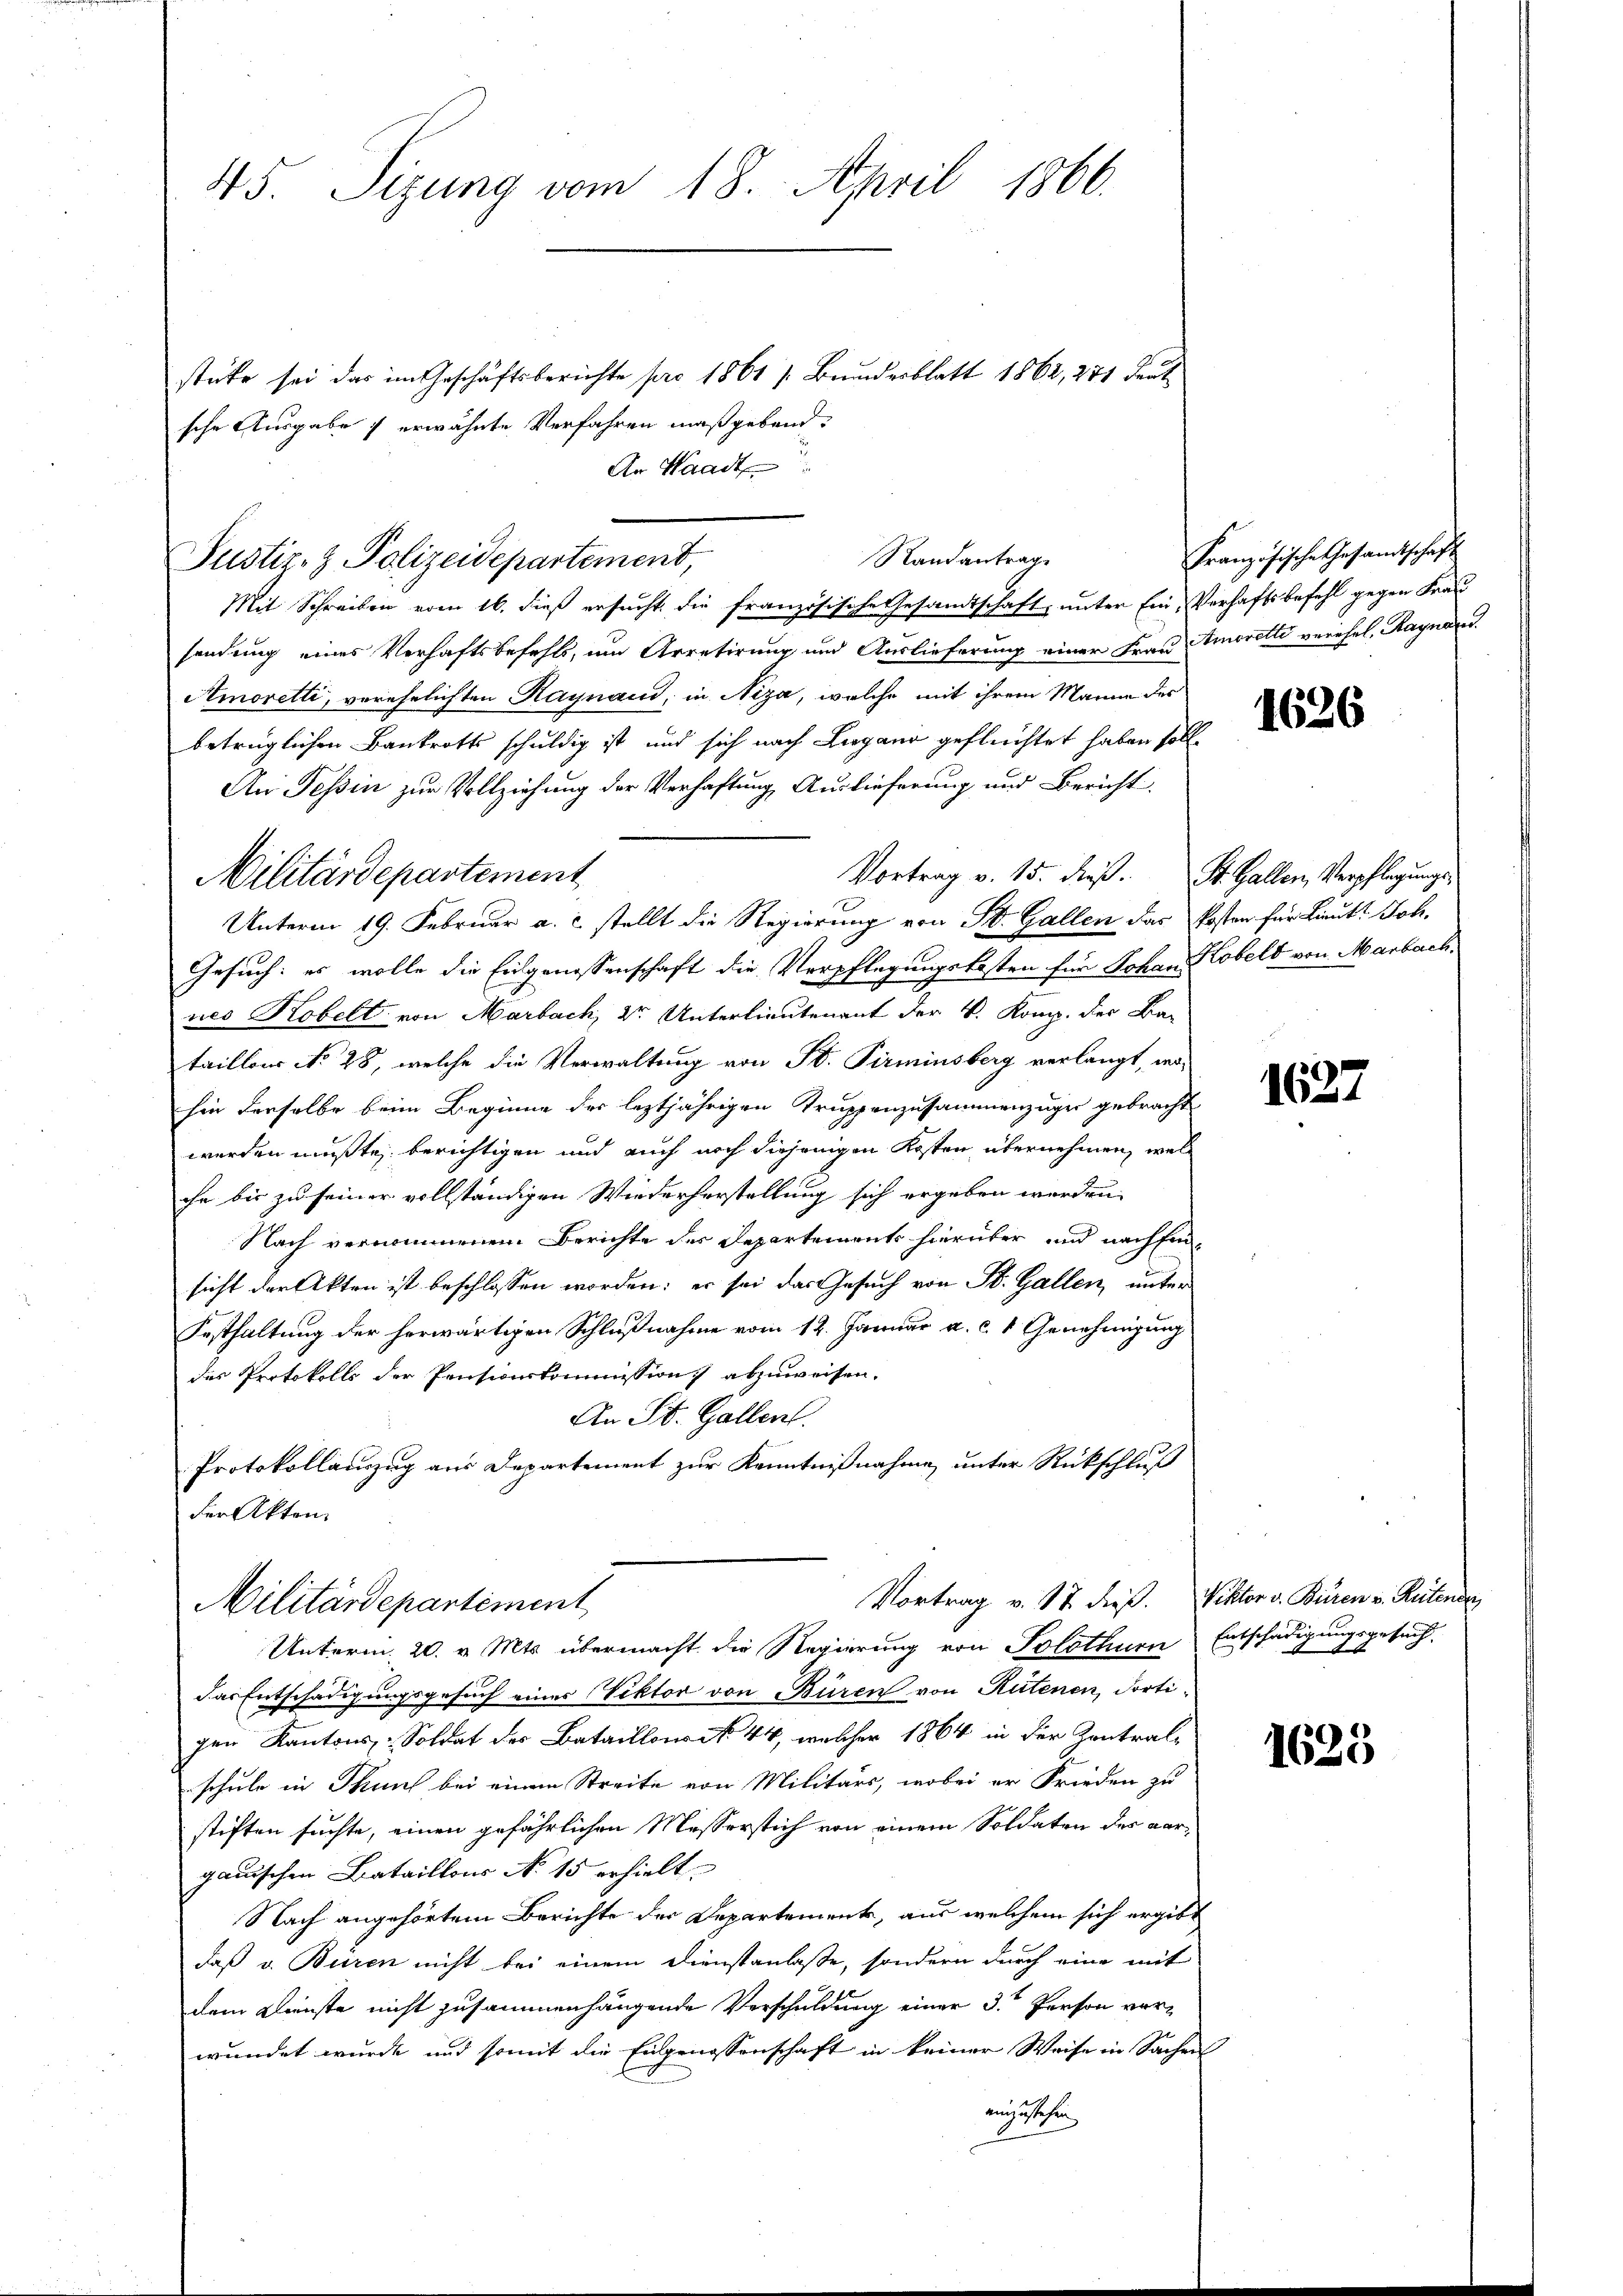
45. Sizung vom 18. April 1866.

stüke sei das im Geschäftsberichte pro 1861 s. Bundesblatt 1862, 271 deut
sche Ausgabe & erwähnte Verfahren maßgebend.
An Waadt

Randantrag
Justiz- & Polizeidepartement,

Militärdepartement

Mit Schreiben vom 16. dieß ersucht die französische Gesandtschaft, unter Ein Verhaftsbefehl gegen Frau
sendung eines Verhaftsbefehls, um Arretirung und Auslieferung einer Frau Amoretti verehel, Ragnau.
Amoretti, verehelichten Haynaud, in Niza, welche mit ihrem Manne des
betrüglichen Bankrotts schuldig ist und sich nach Lugano geflüchtet haben soll.
An Tessin zur Vollziehung der Verhaftung Auslieferung und Bericht
Vortrag v. 15. dieß. St. Gallen, Verpflegungs¬
Gesuch: es wolle die Eidgenossenschaft die Verpflegungskosten für Johan Kobels von Marbach,
nes Kobelt von Marbach, der Unterlieutenant der V. Komp. der Ba-
taillons No 28, welche die Verwaltung von St. Pirminsberg verlangt, wo-
hin derselbe beim Beginne der leztjährigen Truppenzusammenzuger gebracht
werden mußte, berichtigen und auch noch diejenigen Kosten übernehmen, welche bis zu seiner vollständigen Wiederherstellung sich ergeben werden.
Nach vernommenem Berichte der Departements hierüber und nachsen
sicht der Akten ist beschlossen worden; er sei das Gesuch von St. Gallen, unter
Festhaltung der herwärtigen Schlußnahme vom 12. Januar a. c. 1 Genehmigung
des Protokolls der Pensionskommission abzuweisen.
An St. Gallen.
Protokollauszug aus Departement zur Kenntnißnahme unter Rückschluß
der Akten.

Unterm 19. Februar a. c. stellt die Regierung von St. Gallen das Kosten für Lieut. Joh.

Vortrag v. 17. dieß. Viktor v. Buren v. Reitende
Militärdepartement
Unterm 20. v. Mts. übermacht die Regierung von Solothurn Entschädigungsgesuch.

das Entschädigungsgesuch eines Viktor von Büren von Rutenen, dorti
gen Kantons-Soldat der Bataillon No 44, welcher 1864 in der Zentralschule in Thun bei einem Streite von Militärs, wobei er Frieden zu
stiften suchte, einen gefährlichen Messerstich von einem Soldaten der dargauischen Bataillons No 15 erhielt
Nach angehörtem Berichte der Departements, aus welchem sich ergibt
daß v. Büren nicht bei einem Dienstanlasse, sondern durch eine mit
dem Dienste nicht zusammenhängende Verschuldung einer 3 Person vorwundet wurde und somit die Eingenossenschaft in keiner Weise in Sachen
einzustehen

Französische Gesandtschaft

1626

1627

1623